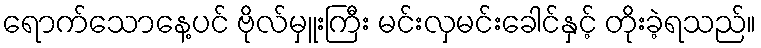
ရောက်သောနေ့ပင် ဗိုလ်မှူးကြီး မင်းလှမင်းခေါင်နှင့် တိုးခဲ့ရသည်။